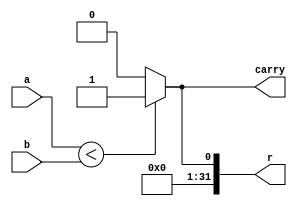
`timescale 1ns / 1ns
module SLTU(
    input [31:0] a,
    input [31:0] b,
    output [31:0] r,
    output carry
    );
    assign r=(a<b)? 1:0;
    assign carry=(a<b)? 1:0;
endmodule